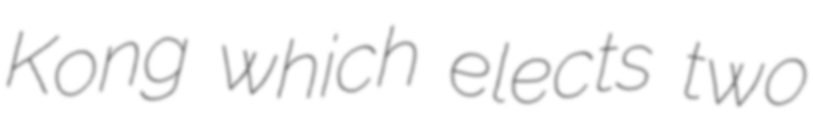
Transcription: Kong which elects two